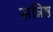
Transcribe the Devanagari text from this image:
सन्निष्ठ